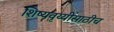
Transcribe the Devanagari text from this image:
शिष्यवृय्यींसाठीच